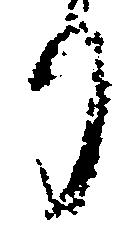
り